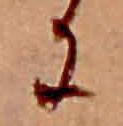
は